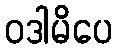
ဝဒါမိပေ